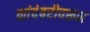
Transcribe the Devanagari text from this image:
कांदंबरीवरून